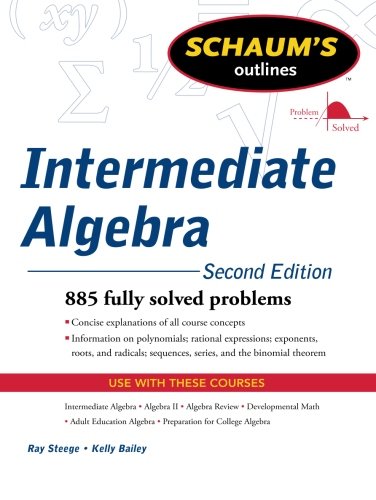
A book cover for Schaum's Outline of Intermediate Algebra, Second Edition (Schaum's Outlines); Ray Steege; Romance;